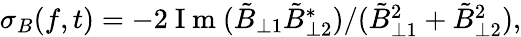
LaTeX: \begin{array}{r}{\sigma_{B}(f,t)=-2\mathrm{~I~m~}(\tilde{B}_{\perp 1}\tilde{B}_{\perp 2}^{*})/(\tilde{B}_{\perp 1}^{2}+\tilde{B}_{\perp 2}^{2}),}\end{array}